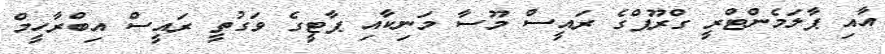
އާއި ޕާލަމެންޓްރީ ގްރޫޕްގެ ރައީސް މޫސާ މަނިކާއި ޕާޓީގެ ވަގުތީ ރައީސް އިބްރާހީމް